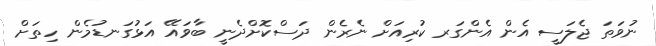
ނުވަތަ ޖެލަސީ އެން އެންގަރ ކުރިއަށް ނެރެން ދަސްކޮށްދެނީ ބާވައޭ އަޅުގަނޑުމެން ހިތަށް